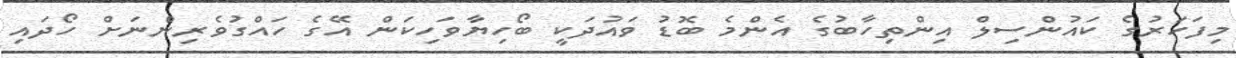
މިފަހަރުގެ ކައުންސިލް އިންތިހާބުގެ އެންމެ ބޮޑު ވައުދަކީ ބޯހިޔާވަހިކަން އޭގެ ހައްގުވެރިންނަށް ހޯދައި